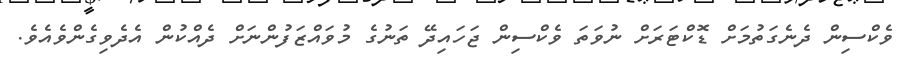
ވެކްސިން ދެނެގަތުމަށް ޑޮކްޓަރަށް ނުވަތަ ވެކްސިން ޖަހައިދޭ ތަނުގެ މުވައްޒަފުންނަށް ދެއްކުން އެދެވިގެންވެއެވެ.